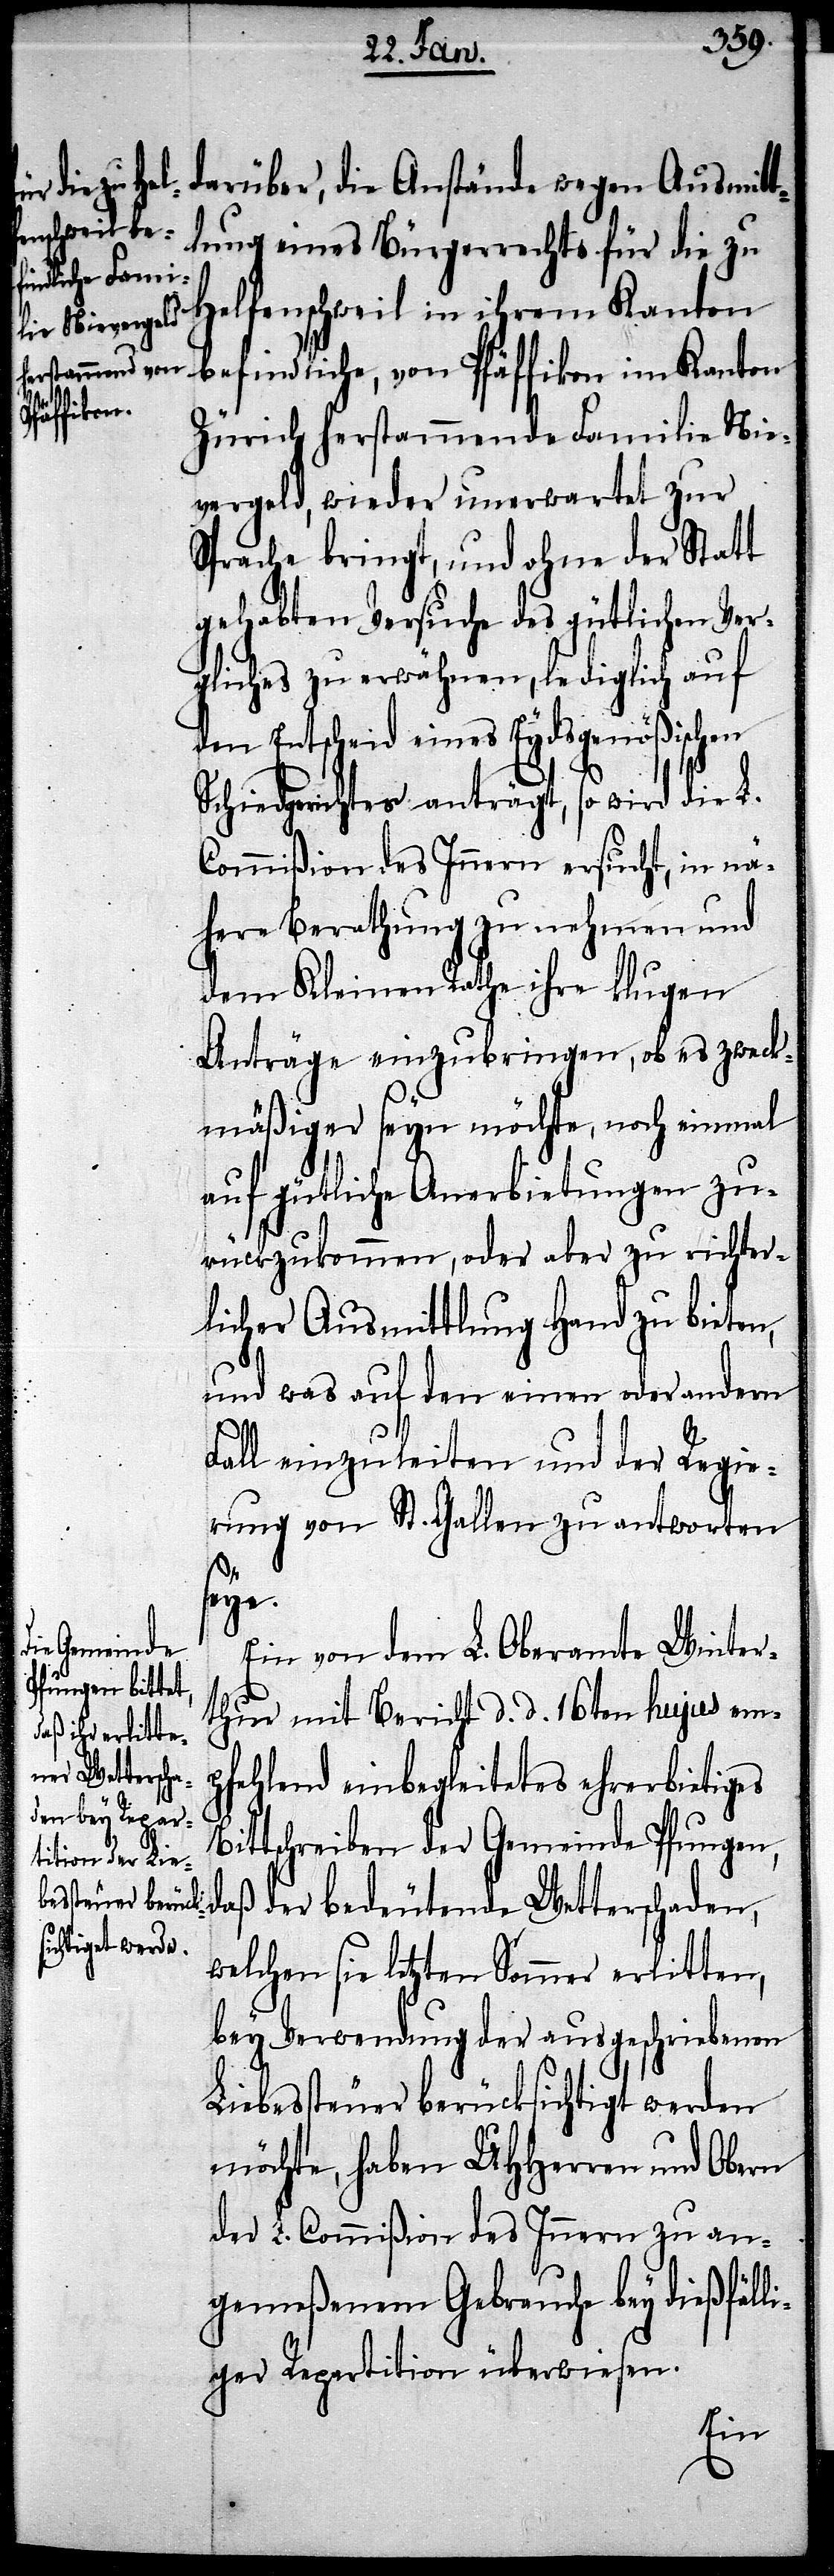
darüber, die Anstände wegen Ausmitt¬
lung eines Bürgerrechts für die zu
Helfenschweil in ihrem Kanton
befindliche, von Pfäffikon im Kanton
Zürich herstammende Familie Nie¬
vergeld, wieder unerwartet zur
Sprache bringt, und ohne der Statt
gehabten Versuche des gütlichen Ver¬
gliches zu erwähnen, lediglich auf
den Entscheid eines Eydgenößischen
Schiedgerichtes anträgt, so wird die L.
Commißion des Innern ersucht, in nä¬
here Berathung zu nehmen und
dem Kleinen Rathe ihre klugen
Anträge einzubringen, ob es zweck¬
mäßiger seyn möchte, noch einmal
auf gütliche Anerbietungen zu¬
rückzukommen, oder aber zu richter¬
licher Ausmittlung Hand zu bieten,
und was auf den einen oder andern
Fall einzuleiten und der Regie¬
rung von St. Gallen zu antworten
e.
Ein von dem L. Oberamte Winter¬
thur mit Bericht d. d. 16ten hujus em¬
pfehlend einbegleitetes ehrerbietiges
Bittschreiben der Gemeinde Pfungen,
daß der bedeutende Wetterschaden,
welchen sie letzten Sommer erlitten,
bey Verwendung der ausgeschriebenen
Liebessteuer berücksichtigt werden
möchte, haben UHHerren und Obern
der L. Commißion des Innern zu an¬
gemeßenem Gebrauche bey dießfäll¬
iger Repartition überwiesen.